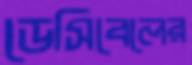
ডেসিবেলের